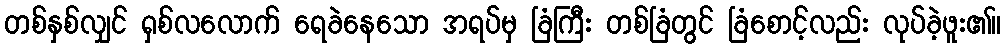
တစ်နှစ်လျှင် ရှစ်လလောက် ရေခဲနေသော အရပ်မှ ခြံကြီး တစ်ခြံတွင် ခြံစောင့်လည်း လုပ်ခဲ့ဖူး၏။